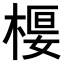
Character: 𣕩